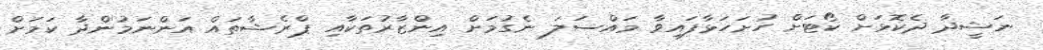
ނަޝީދާ ދެކޮޅަށް ކޯޓަށް ހުށަހަޅާފައިވާ މައްސަލަ ނެގުމަށް އިންޒާރުތަކާއި ޕްރެޝާތައް އަންނަމުންދާ ކަމަށް